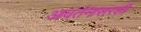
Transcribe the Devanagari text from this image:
आवर्तनासरशी